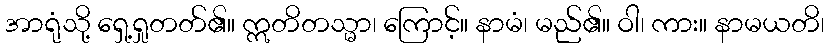
အာရုံသို့ ရှေ့ရှုတတ်၏။ ဣတိတသ္မာ၊ ကြောင့်။ နာမံ၊ မည်၏။ ဝါ၊ ကား။ နာမယတိ၊